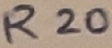
Text: R20